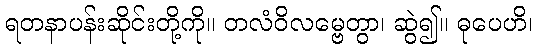
ရတနာပန်းဆိုင်းတို့ကို။ တလံဝိလမ္ဗေတွာ၊ ဆွဲ၍။ ဓုပေဟိ၊